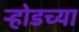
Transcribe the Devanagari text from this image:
ऱ्होडच्या